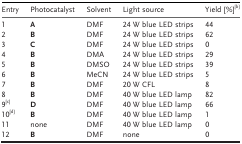
<table><thead><tr><td><b>Entry</b></td><td><b>Photocatalyst</b></td><td><b>Solvent</b></td><td><b>Light source</b></td><td><b>Yield [%]<sup>[b]</sup></b></td></tr></thead><tbody><tr><td>1</td><td><b>A</b></td><td>DMF</td><td>24 W blue LED strips</td><td>44</td></tr><tr><td>2</td><td><b>B</b></td><td>DMF</td><td>24 W blue LED strips</td><td>62</td></tr><tr><td>3</td><td><b>C</b></td><td>DMF</td><td>24 W blue LED strips</td><td>0</td></tr><tr><td>4</td><td><b>B</b></td><td>DMA</td><td>24 W blue LED strips</td><td>29</td></tr><tr><td>5</td><td><b>B</b></td><td>DMSO</td><td>24 W blue LED strips</td><td>39</td></tr><tr><td>6</td><td><b>B</b></td><td>MeCN</td><td>24 W blue LED strips</td><td>5</td></tr><tr><td>7</td><td><b>B</b></td><td>DMF</td><td>20 W CFL</td><td>8</td></tr><tr><td>8</td><td><b>B</b></td><td>DMF</td><td>40 W blue LED lamp</td><td>82</td></tr><tr><td>9<sup>[c]</sup></td><td><b>D</b></td><td>DMF</td><td>40 W blue LED lamp</td><td>66</td></tr><tr><td>10<sup>[d]</sup></td><td><b>B</b></td><td>DMF</td><td>40 W blue LED lamp</td><td>1</td></tr><tr><td>11</td><td>none</td><td>DMF</td><td>40 W blue LED lamp</td><td>0</td></tr><tr><td>12</td><td><b>B</b></td><td>DMF</td><td>none</td><td>0</td></tr></tbody></table>